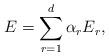
LaTeX: \begin{align*} E=\sum_{r=1}^d\alpha_rE_r,\end{align*}